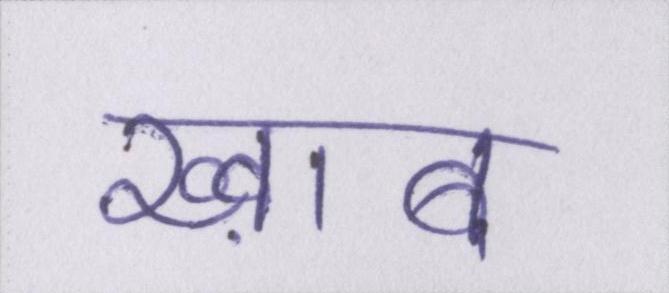
ख्व़ाब